Materia medica of Madras volume I
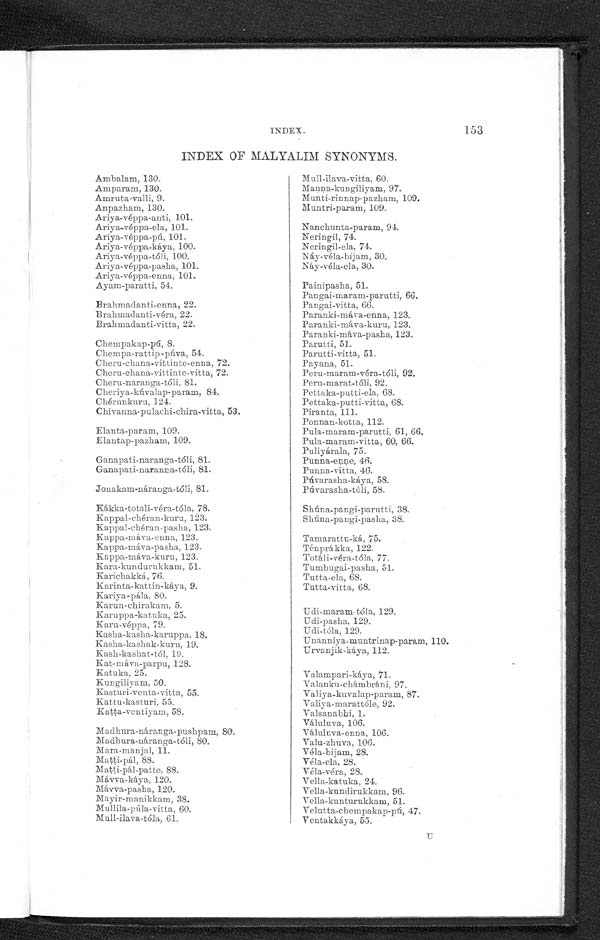
152
Muni-ganga-rávi-pandu, 58.
Muni-ganga-rávi-patta, 58.
Munta-mámidi-banka, 123.
Munta-mámidi-núne, 123.
Munta-mámidi-vittu, 123.
Mutuva-pulogum-véru, 56.
Nága-késara-puvvu, 47.
Nalla-áválu, 26.
Nalla-dámar, 51.
Nalla-gasagasálu, 19.
Nalla-jilakara, 5.
Nalla-rojan, 51.
Nalléru, 111.
Nára-dabba-pandu-ras-am, 81.
Nára-dabba-pandu-tólu, 80.
Nárinja-paudu-puvvu, 80.
Nárija-pandu-tólu, 80.
Néla-.velaga-áku, 84.
Nimma-pandu-ras-am 81.
Nimma-pandu-tólu, 81.
Níradi-vittulu-núne, 37.
Níradi-vittulu, 37.
Nulite-kaya, 70.
Oddi-chettu-patta, 129.
Oddi-patta, 129.
Oddi-pisunu, 129.
Pagadapu-katta, 73.
Palléru-áku, 74.
Palléru-mullu, 74.
Palléru, 74.
Pappu-kúra, 40.
Pappu-kúra-vittu, 40.
Parangi-sámbrani, 97.
Parinta, 71.
Patali tivva-áku, 112.
Patti, 51.
Patti-pindé, 51.
Patti-vittulu, 51.
Pedda-bilva-pandu, 87.
Pedda-bilva-pandu-guja, 87.
Pedda-bilva-pandu-kanda, 87.
Pedda-marídu-pandu, 87.
Pedda-pávili-kúra, 40.
Pedda-pávili-kúra-vittulu, 40.
Péranta, 71.
Péranta-kúra, 71.
Pólam, 94.
Ponna-núné, 46.
Ponna-vittulu, 46.
Pótu-vaḍla, 73.
Pratti, 51.
Pratti-vittulu, 51.
Puli-chintáku, 75.
Pulla-bath-chala, 109.
Pulla-chan-chali, 75.
Pulla-dabba-pandu-rasam, 81.
Pulla-dabba-pandu-tólu, 81.
Pulusu-káyalu, 76.
Régu-pandu, 108.
Sadápa, 77.
INDEX.
Sadápa-áku, 77.
Sampangi-patta, 8.
Sampangi-puvvu, 8.
Sanna-pappu-kúra, 41.
Sanna-pavili-kúra, 41.
Shíma-gómgura-vittulu, 53,
Síma-ati-vasa, 4.
Síma-chinta-pandu, 67.
Síma-górinta-vittulu, 87.
Surala-tége-patta, 108.
Súrati-patta, 108.
Suriti-pette-chakka, 108.
Suryá-kánti, 35.
Syámili-káya, 70.
Tamarta-kaya, 75.
Tella-alli-támara-puvvu, 17.
Tella-alli-támara-véru, 17.
Tella-alli-támara-vittulu, 17.
Te11a-áválu, 24.
Tella-damaru, 51.
Tella-támara-puvvn, 18.
Tella-támara-véru, 18.
Tella-támara-vittulu 18.
Tey-áku, 48.
Tippatíge, 9.
Tippa-tíge-sattu, 10.
Tippatíge-véru, 9.
Tummeda-mamidi, 124.
Turaka-vépa-véru-patta, 99.
Turaka-vépa-vittu, 99.
Tutti-áku, 68.
Tutti-vittulu, 68.
Tutturu-benda-áku, 68.
Tutturu-benda-vittulu, 68.
Udrik-patta, 71.
Ullena-tíge-áku, 112.
Upparinta-ákú,. 112.
Vadla-yárála, 73.
Valimbari-káya, 70.
Vaminta-ákú, 28.
Vaminta-véru, 28.
Vaminta-vittulu, 28.
Vasanábhi, 1.
Vattu-mámidi-pandu, 120.
Vekkudu-tége-ákú, 112.
Vel aga- ákú, 82.
Velaga-banka, 82.
Velaga-pandu, 82.
Vépa-ákú,101.
Vépa-chettu-pandu, 100.
Vépa-chettu-patta, 100.
Vépa-kallu, 100.
Vépa-nune, 101. Vépa-pandu, 100.
Vépa-patta, 100.
Vépa-pisunu, 101.
Vépa-puvvu, 101.
Vépa-veru-patta, 100.
Visha-boddi-véru, 56.
Yerra-chakatli-chakka, 108.